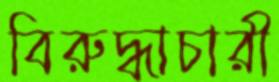
বিরুদ্ধাচারী